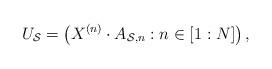
LaTeX: \begin{align*}U_\mathcal{S} = \left(X^{(n)}\cdot A_{\mathcal{S},n}:n\in[1:N]\right), \end{align*}